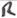
Text: R